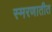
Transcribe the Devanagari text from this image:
स्मरणातीत